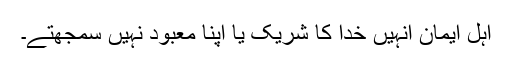
اہلِ ایمان انہیں خدا کا شریک یا اپنا معبود نہیں سمجھتے۔